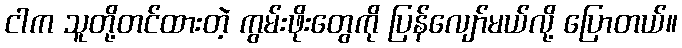
ငါက သူတို့တင်ထားတဲ့ ကွမ်းဖိုးတွေကို ပြန်လျော်မယ်လို့ ပြောတယ်။